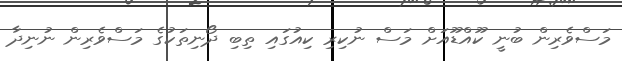
މަސްވެރިން ބުނީ ކޫއްޑޫއަށް މަސް ނުކިރި ކިއުގައި ތިބި ދޯނިތަކުގެ މަސްވެރިން ނުނިދާ